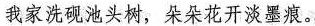
我家洗砚池头树，朵朵花开淡墨痕。